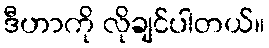
ဒီဟာကို လိုချင်ပါတယ်။